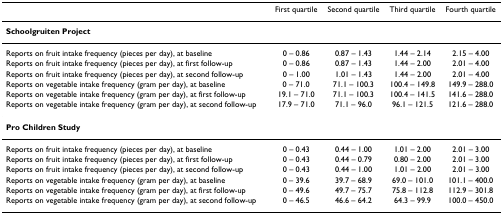
<table><thead><tr><td></td><td><b>First quartile</b></td><td><b>Second quartile</b></td><td><b>Third quartile</b></td><td><b>Fourth quartile</b></td></tr></thead><tbody><tr><td><b>Schoolgruiten Project</b></td><td></td><td></td><td></td><td></td></tr><tr><td>Reports on fruit intake frequency (pieces per day), at baseline</td><td>0 – 0.86</td><td>0.87 – 1.43</td><td>1.44 – 2.14</td><td>2.15 – 4.00</td></tr><tr><td>Reports on fruit intake frequency (pieces per day), at first follow-up</td><td>0 – 0.86</td><td>0.87 – 1.43</td><td>1.44 – 2.00</td><td>2.01 – 4.00</td></tr><tr><td>Reports on fruit intake frequency (pieces per day), at second follow-up</td><td>0 – 1.00</td><td>1.01 – 1.43</td><td>1.44 – 2.00</td><td>2.01 – 4.00</td></tr><tr><td>Reports on vegetable intake frequency (gram per day), at baseline</td><td>0 – 71.0</td><td>71.1 – 100.3</td><td>100.4 – 149.8</td><td>149.9 – 288.0</td></tr><tr><td>Reports on vegetable intake frequency (gram per day), at first follow-up</td><td>19.1 – 71.0</td><td>71.1 – 100.3</td><td>100.4 – 141.5</td><td>141.6 – 288.0</td></tr><tr><td>Reports on vegetable intake frequency (gram per day), at second follow-up</td><td>17.9 – 71.0</td><td>71.1 – 96.0</td><td>96.1 – 121.5</td><td>121.6 – 288.0</td></tr><tr><td><b>Pro Children Study</b></td><td></td><td></td><td></td><td></td></tr><tr><td>Reports on fruit intake frequency (pieces per day), at baseline</td><td>0 – 0.43</td><td>0.44 – 1.00</td><td>1.01 – 2.00</td><td>2.01 – 3.00</td></tr><tr><td>Reports on fruit intake frequency (pieces per day), at first follow-up</td><td>0 – 0.43</td><td>0.44 – 0.79</td><td>0.80 – 2.00</td><td>2.01 – 3.00</td></tr><tr><td>Reports on fruit intake frequency (pieces per day), at second follow-up</td><td>0 – 0.43</td><td>0.44 – 1.00</td><td>1.01 – 2.00</td><td>2.01 – 3.00</td></tr><tr><td>Reports on vegetable intake frequency (gram per day), at baseline</td><td>0 – 39.6</td><td>39.7 – 68.9</td><td>69.0 – 101.0</td><td>101.1 – 400.0</td></tr><tr><td>Reports on vegetable intake frequency (gram per day), at first follow-up</td><td>0 – 49.6</td><td>49.7 – 75.7</td><td>75.8 – 112.8</td><td>112.9 – 301.8</td></tr><tr><td>Reports on vegetable intake frequency (gram per day), at second follow-up</td><td>0 – 46.5</td><td>46.6 – 64.2</td><td>64.3 – 99.9</td><td>100.0 – 450.0</td></tr></tbody></table>